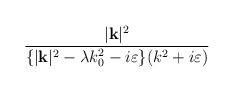
LaTeX: \begin{align*}\frac{|\mathbf{k}|^{2}}{\{|\mathbf{k}|^{2}-\lambda k_{0}^{2}-i\varepsilon \}(k^{2}+i\varepsilon )}\end{align*}